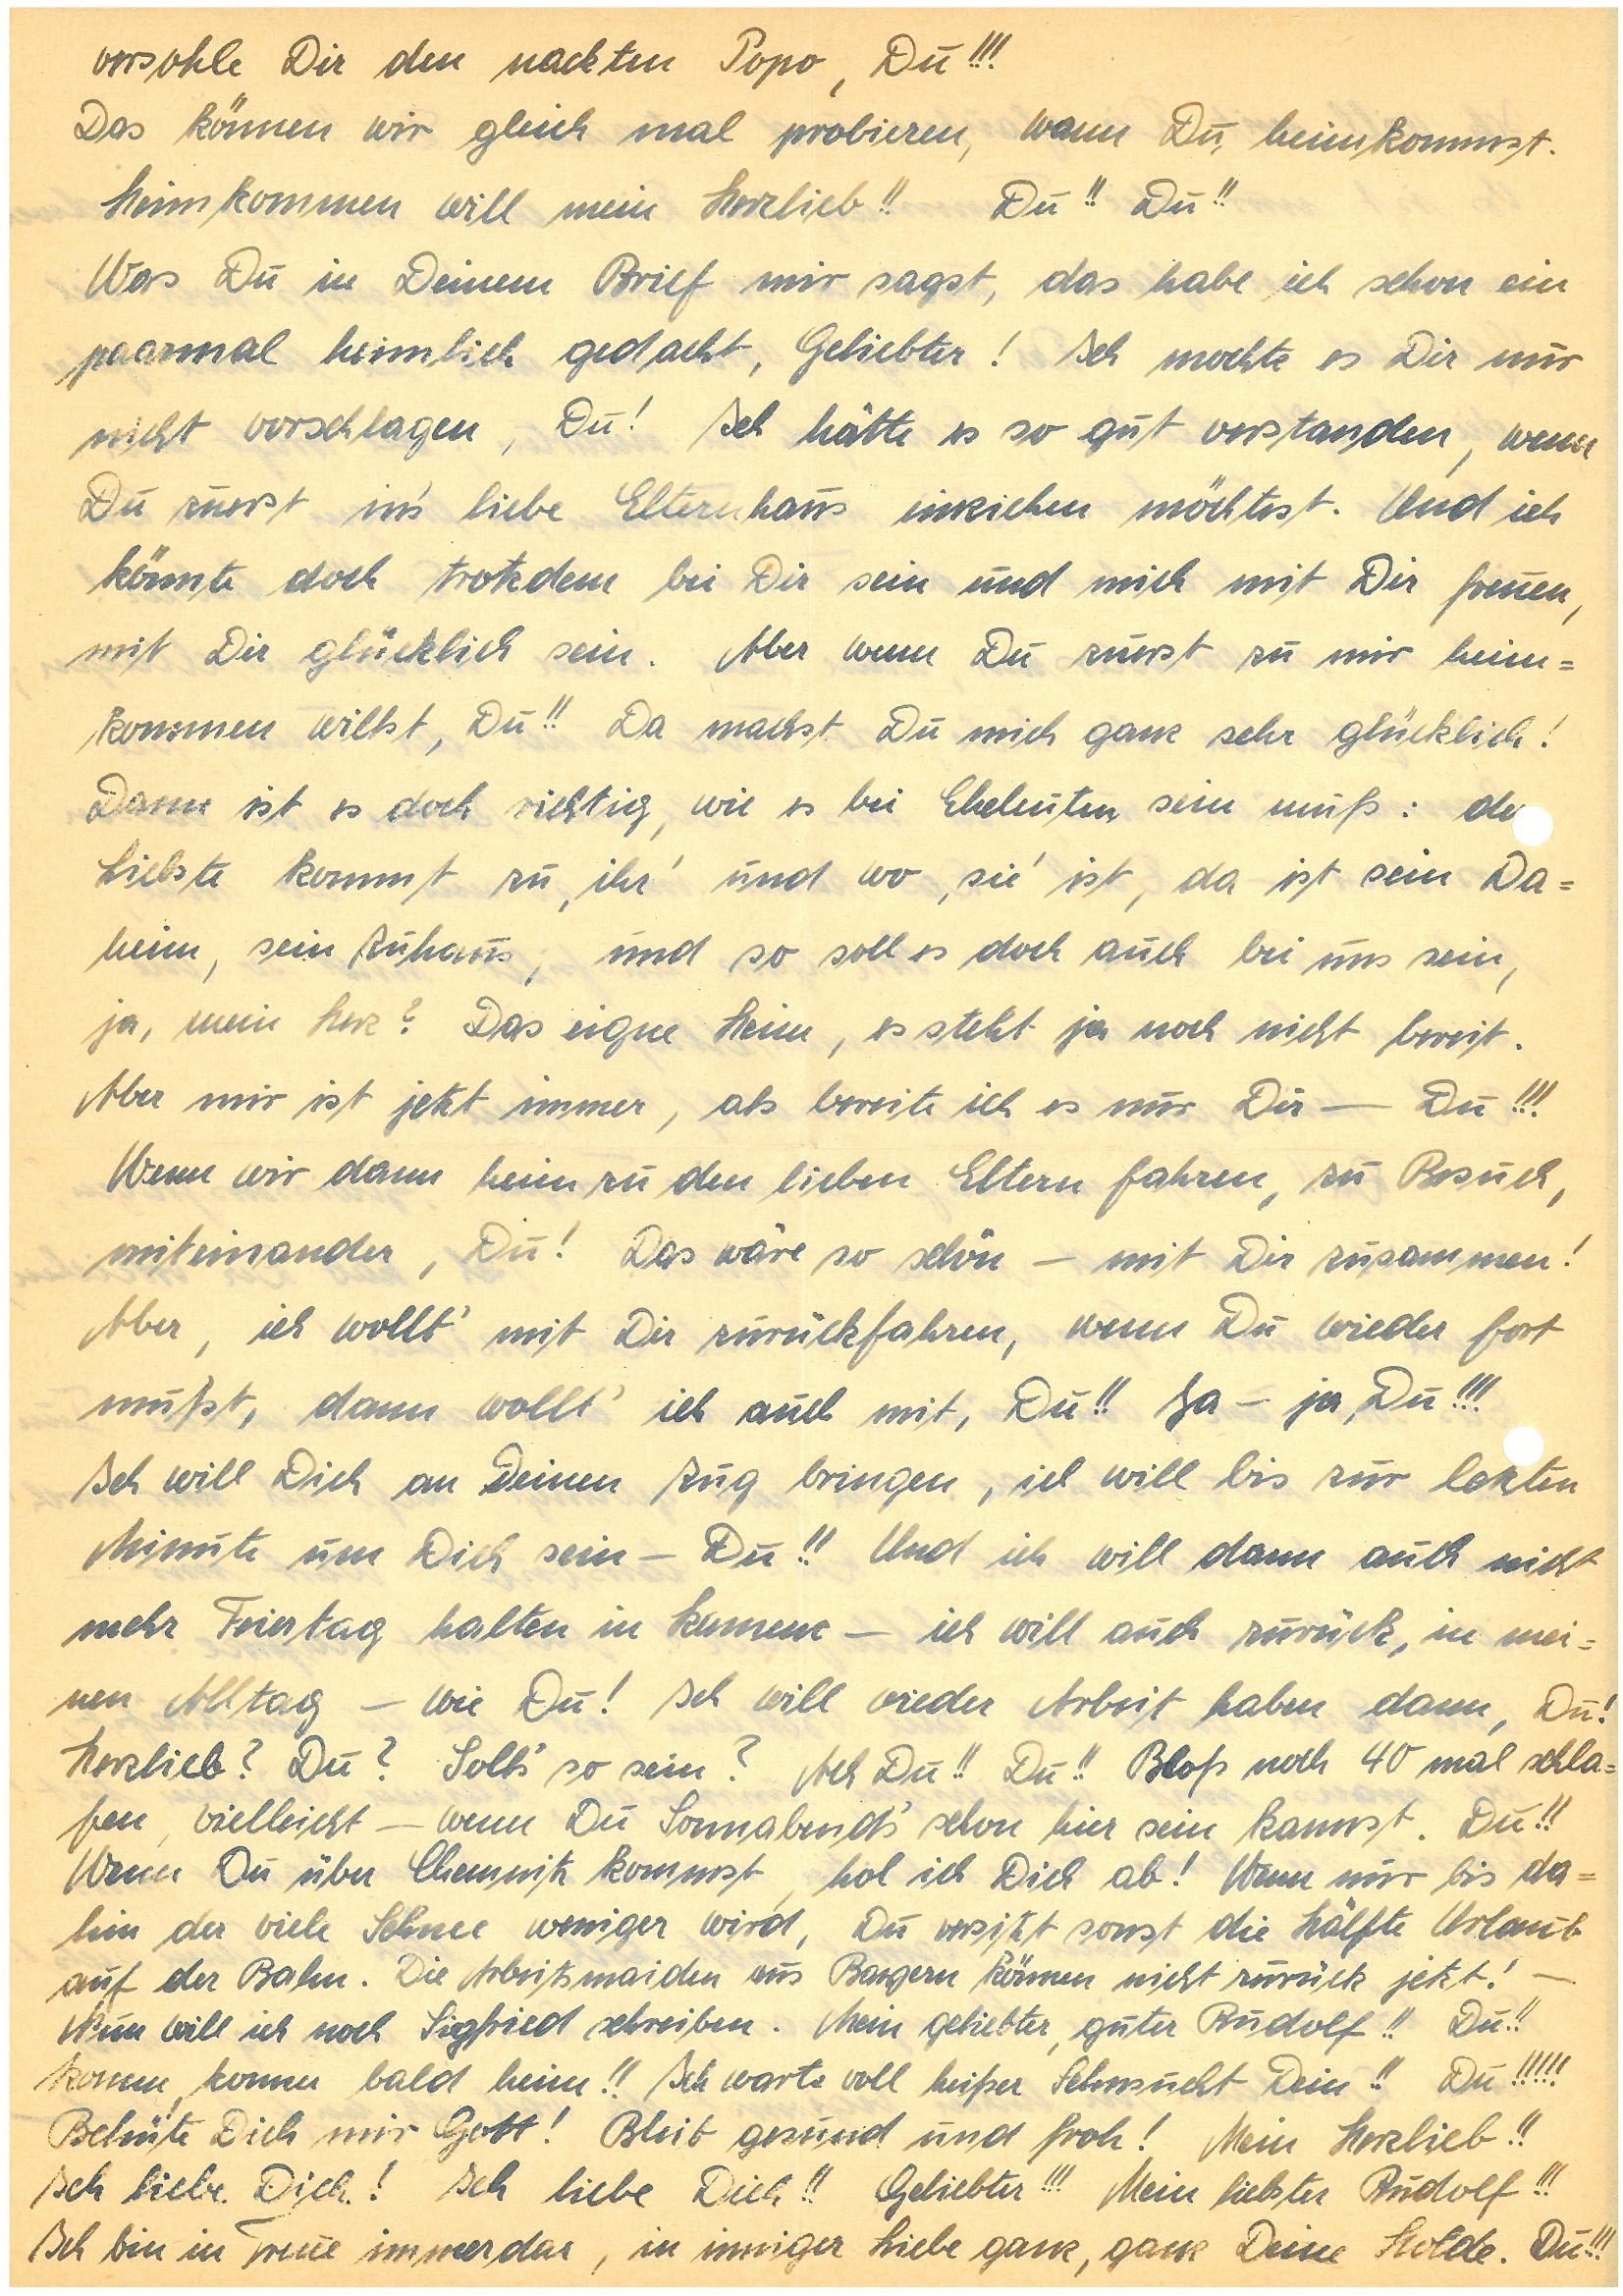
versohle Dir den nackten Popo, Du!!!
Das können wir gleich mal probieren, wann Du heimkommst.
Heimkommen will mein Herzlieb!! Du!! Du!!
Was Du in Deinem Brief mir sagst, das habe ich schon ein
paarmal heimlich gedacht, Geliebter! Ich mochte es Dir nur
nicht vorschlagen, Du! Ich hätte es so gut verstanden, wenn
Du zuerst in’s liebe Elternhaus einziehen möchtest! Und ich
könnte doch trotzdem bei Dir sein und mich mit Dir freuen,
mit Dir glücklich sein. Aber wenn Du zuerst zu mir heim¬
kommen willst, Du!! Da machst Du mich ganz sehr glücklich!
Dann ist es doch richtig, wie es bei Eheleuten sein muß: der
Liebste kommt zu ‘ihr’ und wo ‘sie’ ist, da ist sein Da¬
heim, sein Zuhaus, und so soll es doch auch bei uns sein,
ja, mein Herz? Das eigne Heim, es steht ja noch nicht bereit.
Aber mir ist jetzt immer, als bereite ich es nur Dir – Du!!!
Wenn wir dann heim zu den lieben Eltern fahren, zu Besuch,
miteinander, Du! Das wäre so schön – mit Dir zusammen!
Aber, ich wollt’ mit Dir zurückfahren, wenn Du wieder fort
mußt, dann wollt’ ich auch mit, Du!! Ja – ja, Du!!!
Ich will Dich an Deinen Zug bringen, ich will bis zur letzten
Minute um Dich sein – Du!! Und ich will dann auch nicht
mehr Feiertag halten in K. – ich will auch zurück in mei¬
nen Alltag – wie Du! Ich will wieder Arbeit haben dann, Du!
Herzlieb? Du? Soll’s so sein? Ach Du!! Du!! Bloß noch 40 mal schla¬
fen vielleicht – wenn Du Sonnabend’s schon hier sein kannst. Du!!
Wenn Du über Chemnitz kommst, hol ich Dich ab! Wenn nur bis da¬
hin der viele Schnee weniger wird, Du versitzt sonst die Hälfte Urlaub
auf der Bahn. Die Arbeitsmaiden aus B. können nicht zurück jetzt! –
Nun will ich noch S. schreiben. Mein geliebter, guter !! Du!!
Komm, komm bald heim!! Ich warte voll heißer Sehnsucht Dein!! Du!!!!!
Behüte Dich mir Gott! Bleib gesund und froh! Mein Herzlieb!!
Ich liebe Dich! Ich liebe Dich!! Geliebter!!! Mein liebster !!!
Ich bin in Treue immerdar, in inniger Liebe ganz, ganz Deine Holde. Du!!!